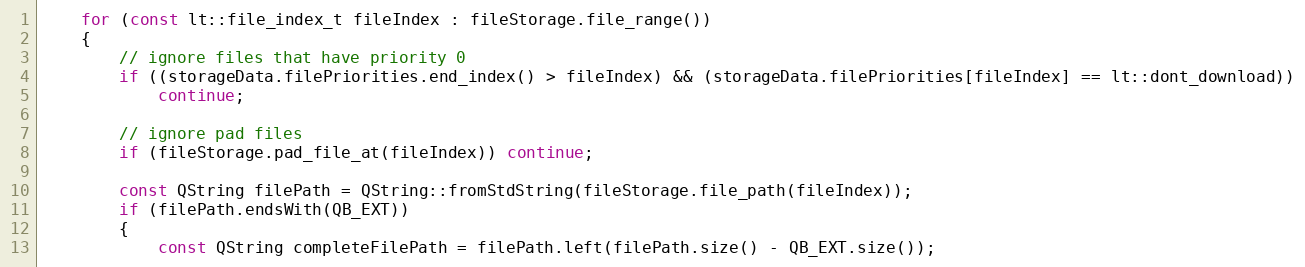
Language: C++
    for (const lt::file_index_t fileIndex : fileStorage.file_range())
    {
        // ignore files that have priority 0
        if ((storageData.filePriorities.end_index() > fileIndex) && (storageData.filePriorities[fileIndex] == lt::dont_download))
            continue;

        // ignore pad files
        if (fileStorage.pad_file_at(fileIndex)) continue;

        const QString filePath = QString::fromStdString(fileStorage.file_path(fileIndex));
        if (filePath.endsWith(QB_EXT))
        {
            const QString completeFilePath = filePath.left(filePath.size() - QB_EXT.size());